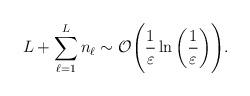
LaTeX: \begin{align*}L+\sum_{\ell=1}^L n_\ell \sim \mathcal{O}\Bigg( \frac{1}{\varepsilon}\ln\bigg(\frac{1}{\varepsilon}\bigg)\Bigg). \end{align*}